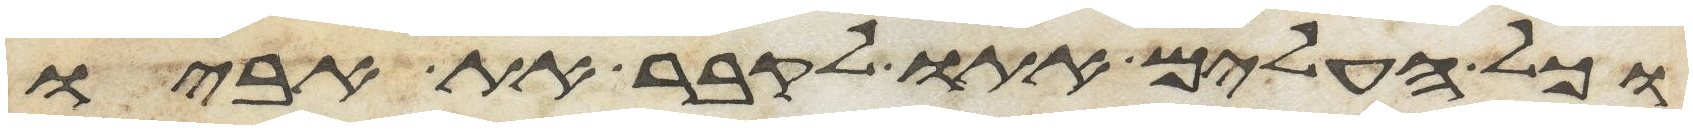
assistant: וכל העלים אתו לקבר את אביו